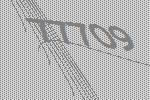
77709